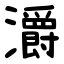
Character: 灂